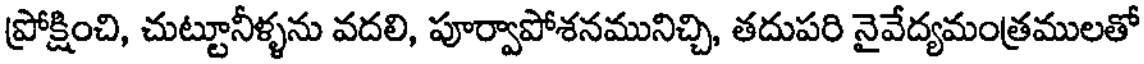
ప్రోక్షించి, చుట్టూనీళ్ళను వదలి, పూర్వాపోశనమునిచ్చి, తదుపరి నైవేద్యమంత్రములతో